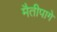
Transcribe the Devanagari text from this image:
मैतीपागे